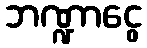
ဘဏ္ဍာငွေ